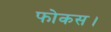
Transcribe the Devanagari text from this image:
फोकस।